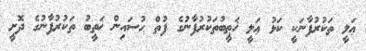
ޢަލީ ތަކުރުފާނަކީ ކަޅު ޢަލީ ޚަޠީބުތަކުރުފާނުގެ ފުތް ޙުސައިން ޚަތީބު ތަކުރުފާނުގެ ދޮށީ